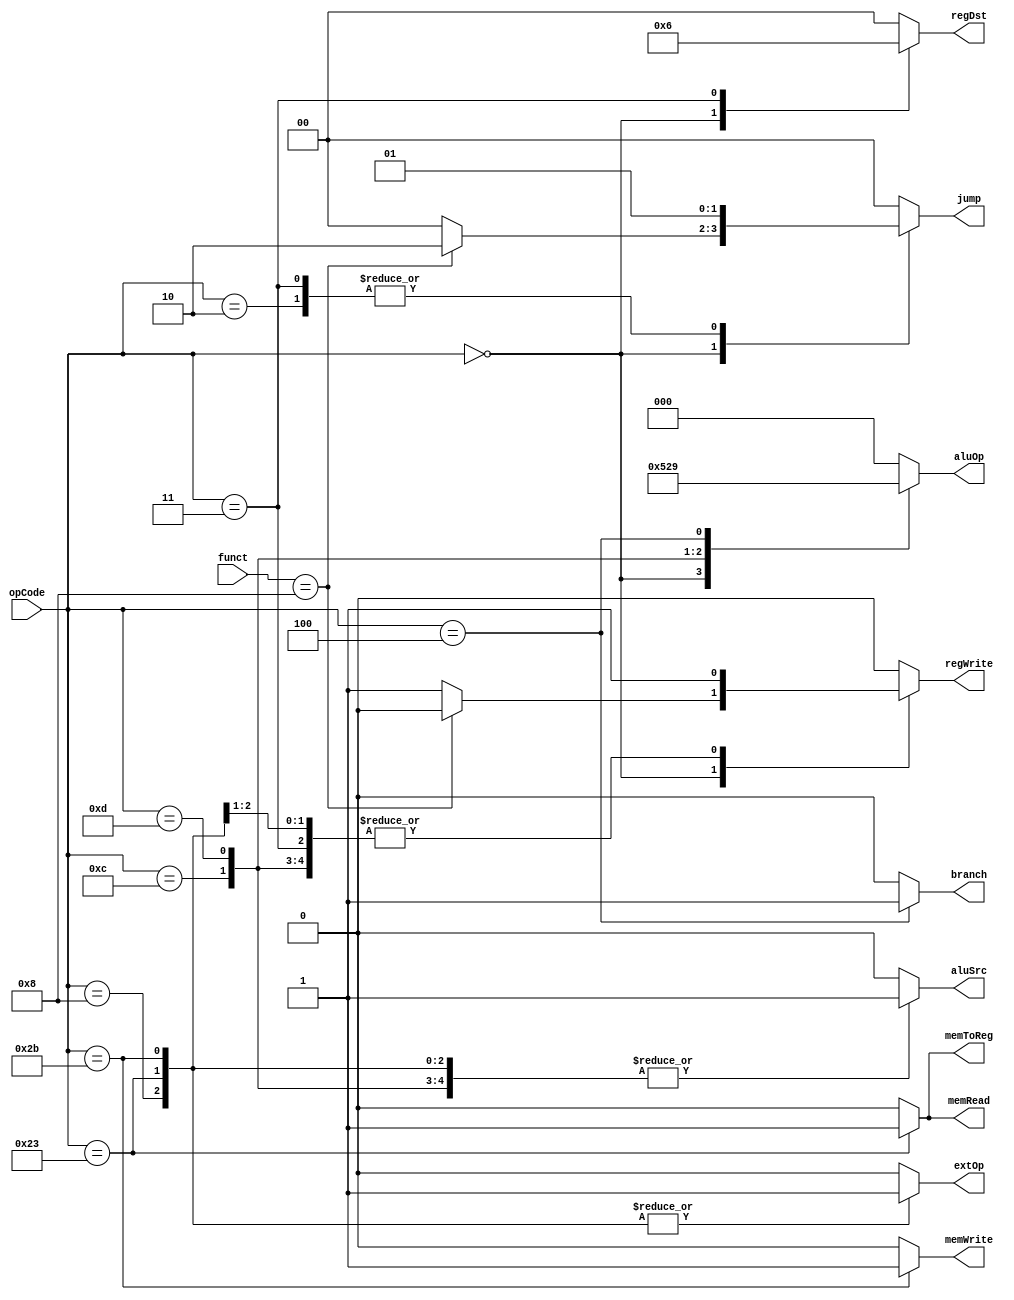
`timescale 1ns / 1ps
//////////////////////////////////////////////////////////////////////////////////
// Company: 
// Engineer: 
// 
// Design Name: 
// Module Name: Ctr
// Project Name: 
// Target Devices: 
// Tool Versions: 
// Description: 
// 
// Dependencies: 
// 
// Revision:
// Revision 0.01 - File Created
// Additional Comments:
// 
//////////////////////////////////////////////////////////////////////////////////


module Ctr(
    input [5:0] opCode,
    input [5:0] funct,
    output reg [1:0] regDst,
    output reg aluSrc,
    output reg memToReg,
    output reg regWrite,
    output reg memRead,
    output reg memWrite,
    output reg branch,
    output reg [2:0] aluOp,
    output reg [1:0] jump,
    output reg extOp
    );

    always @(opCode) begin
        case (opCode)
        6'b000000: begin // R type
            if (funct == 6'b001000) begin // jr
                regDst = 1; // x
                aluSrc = 0; // x
                memToReg = 0; // x
                regWrite = 0;
                memRead = 0; // x
                memWrite = 0;
                branch = 0; // x
                aluOp = 3'b010; // x
                jump = 2'b10;
                extOp = 0; // x
            end else begin // others
                regDst = 1;
                aluSrc = 0;
                memToReg = 0;
                regWrite = 1;
                memRead = 0;
                memWrite = 0;
                branch = 0;
                aluOp = 3'b010;
                jump = 0;
                extOp = 0; // x
            end
        end

        6'b001000: begin // addi
            regDst = 0;
            aluSrc = 1;
            memToReg = 0;
            regWrite = 1;
            memRead = 0;
            memWrite = 0;
            branch = 0;
            aluOp = 3'b000;
            jump = 0;
            extOp = 1;
        end
        6'b001100: begin // andi
            regDst = 0;
            aluSrc = 1;
            memToReg = 0;
            regWrite = 1;
            memRead = 0;
            memWrite = 0;
            branch = 0;
            aluOp = 3'b100;
            jump = 0;
            extOp = 0;
        end
        6'b001101: begin // ori
            regDst = 0;
            aluSrc = 1;
            memToReg = 0;
            regWrite = 1;
            memRead = 0;
            memWrite = 0;
            branch = 0;
            aluOp = 3'b101;
            jump = 0;
            extOp = 0;
        end
        6'b100011: begin // lw
            regDst = 0;
            aluSrc = 1;
            memToReg = 1;
            regWrite = 1;
            memRead = 1;
            memWrite = 0;
            branch = 0;
            aluOp = 3'b000;
            jump = 0;
            extOp = 1;
        end
        6'b101011: begin // sw
            regDst = 0;
            aluSrc = 1;
            memToReg = 0;
            regWrite = 0;
            memRead = 0;
            memWrite = 1;
            branch = 0;
            aluOp = 3'b000;
            jump = 0;
            extOp = 1;
        end
        6'b000100: begin // beq
            regDst = 0;
            aluSrc = 0;
            memToReg = 0;
            regWrite = 0;
            memRead = 0;
            memWrite = 0;
            branch = 1;
            aluOp = 3'b001;
            jump = 0;
            extOp = 0; // x
        end
        6'b000010: begin // j
            regDst = 0; // x
            aluSrc = 0; // x
            memToReg = 0; // x
            regWrite = 0;
            memRead = 0; // x
            memWrite = 0;
            branch = 0; // x
            aluOp = 3'b000; // x
            jump = 1;
            extOp = 0; // x
        end
        6'b000011: begin // jal
            regDst = 2'b10;
            aluSrc = 0;
            memToReg = 0;
            regWrite = 1;
            memRead = 0;
            memWrite = 0;
            branch = 0;
            aluOp = 3'b000;
            jump = 1;
            extOp = 0; // x
        end
        default: begin
            regDst = 0;
            aluSrc = 0;
            memToReg = 0;
            regWrite = 0;
            memRead = 0;
            memWrite = 0;
            branch = 0;
            aluOp = 3'b000;
            jump = 0;
            extOp = 0;
        end
        endcase
    end

endmodule